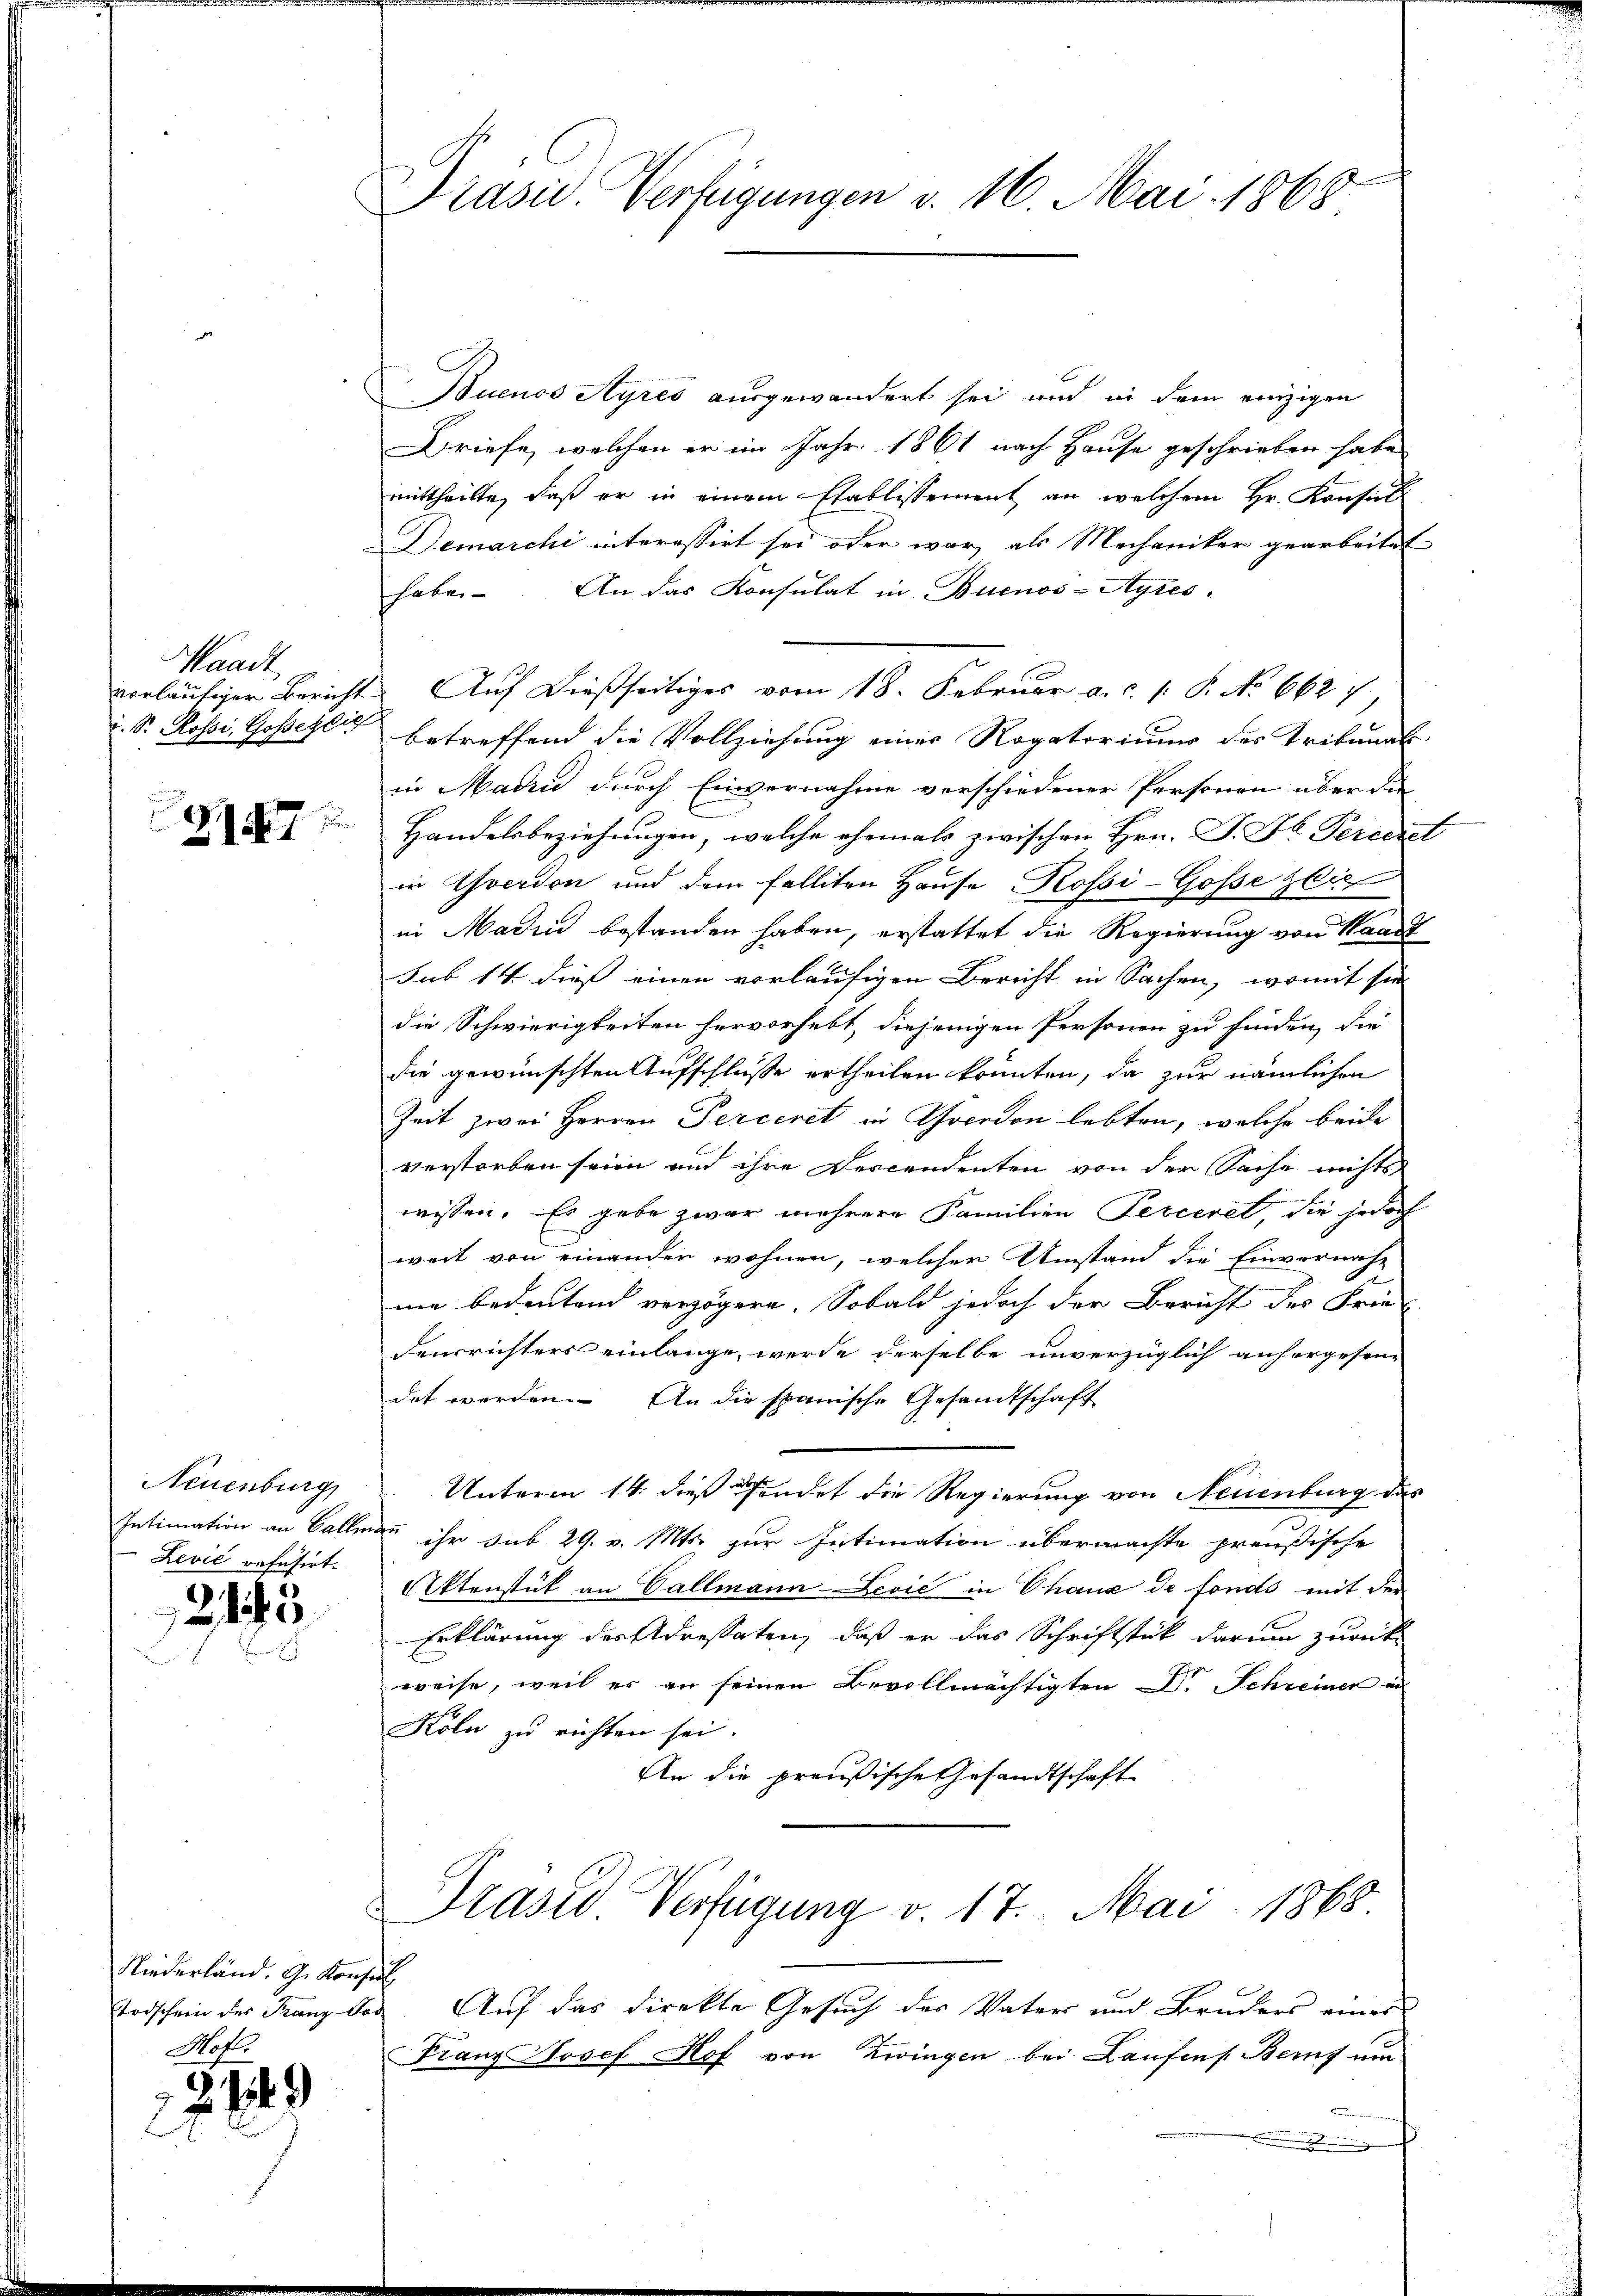
Waadt,
vorläufiger Bericht
T. S. Rossi, Gosselbig

217

Neuenburg
Intimation an Ballen
Lević refusirt.

215

e

Niederländ. G. Konsul
Nof.

22 849

Präsid. Verfügungen v. 16. Mai 1868

Buenos Ayres ausgewandent sei und in dem einzigen
Briefe, welchen er im Jahr 1861 nach Hause geschrieben habe
mittheilte, daß er in einem Etablissement an welchem Hr. Konsul
Demarchi interessirt sei oder war, als Mechaniker gearbeitet
habe. An das Konsulat in Buenos-Ayres.
betreffend die Vollziehung einer Rogatoriums des Tribunal-
in Madrid durch Einvernahme verschiedener Personen über die
Handelsbeziehungen, welche ehemals zwischen Hrn. J. F. Percerel
in Yverden und dem Falliten Hause Rossi-Gosse zie
ii Madin bestanden haben, erstattet die Regierung von Waadt
sub 14. dieß einen vorläufigen Bericht in Sachen, womit sie
die Schwierigkeiten hervorhebt, diejenigen Personen zu finden, die
die gewünschten Aufschlüsse ertheilen konnten, da zur nämlichen
Zeit zwei Herren Perceret in Averdon lebten, welche beide
verstorben seien und ihre Descendenten von der Sache nichts
wissen. Es gebe zwar mehrere Familien Perceret, die jedoch
weit von einander wohnen, welcher Umstand die Einvernahme bedeutend verzögern. Sobald jedoch der Bericht der Frie-
densrichters einlange, werde derselbe unverzüglich anhergesen-
det werden. An die spanische Gesandtschaft
Unterm 14. dieß findet die Regierung von Neuenburg das
 ihr sub 29. v. Mts. zur Intimation übermachte preußische
Aktenstück an Gallmann-Lević in Chaux de fonds mit der
Erklärung des Adressaten, daß er das Schriftstück darum zurück
weise, weil es an seinen Bevollmächtigten Dr. Schreiner an
Koln zu richten sei.
An die preußische Gesandtschaft
Praser Verfügung v. 17. Mai 1868.
Todschein der Franz der Auf das direkte Gesuch des Vater und Bruders eines
Franz Josef Hof von Zwingen bei Laufens Bern um
B

Auf dießseitiges vom 18. Februar a. c. p. P. No 662 f.